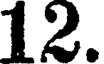
12.